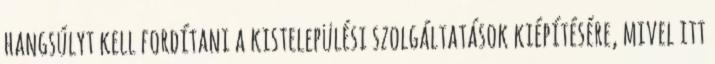
hangsúlyt kell fordítani a kistelepülési szolgáltatások kiépítésére, mivel itt